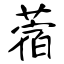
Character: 蓿